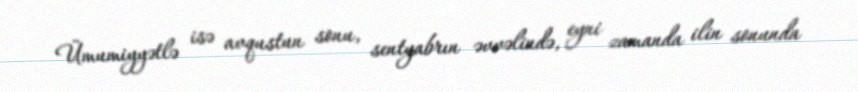
Ümumiyyətlə isə avqustun sonu, sentyabrın əvvəlində, eyni zamanda ilin sonunda